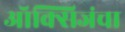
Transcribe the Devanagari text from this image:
ऑक्सिजंचा